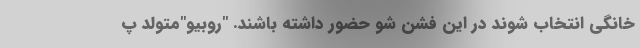
خانگی انتخاب شوند در این فشن شو حضور داشته باشند. "روبیو"‌متولد پ